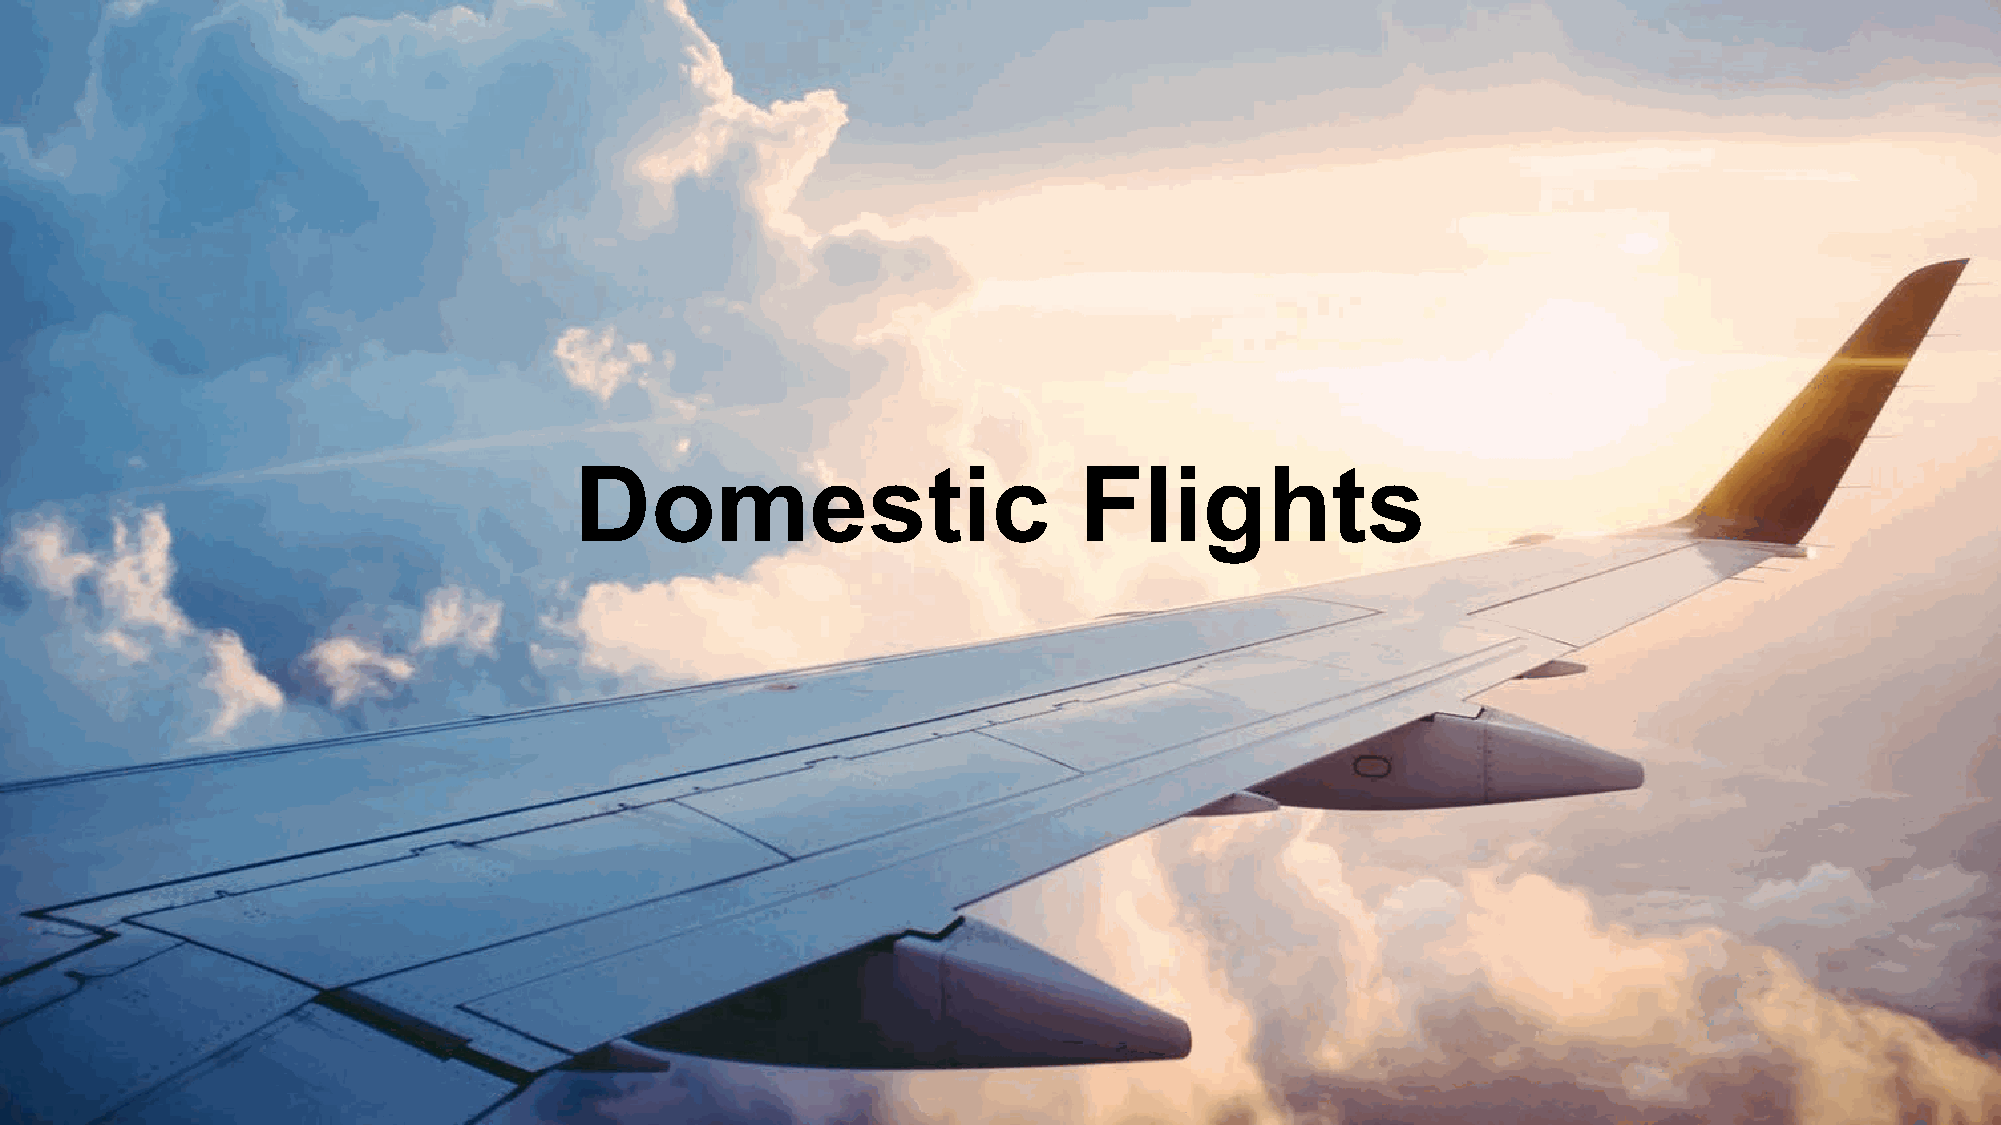
Proprietary + Confidential
 Domestic                         Flights